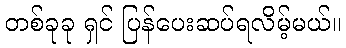
တစ်ခုခု ရှင် ပြန်ပေးဆပ်ရလိမ့်မယ်။